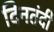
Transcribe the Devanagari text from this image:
दिनतंदी